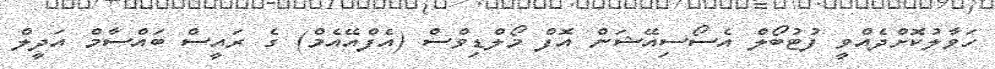
ހަވާލުކޮށްދެއްވީ ފުޓުބޯލް އެސޯސިއޭޝަން އޮފް މޯލްޑިވްސް (އެފްއޭއެމް) ގެ ރައީސް ބައްސާމް އަދީލް